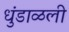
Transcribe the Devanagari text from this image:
धुंडाळली